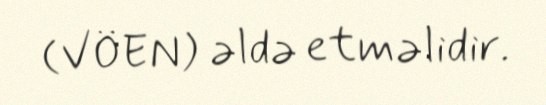
(VÖEN) əldə etməlidir.